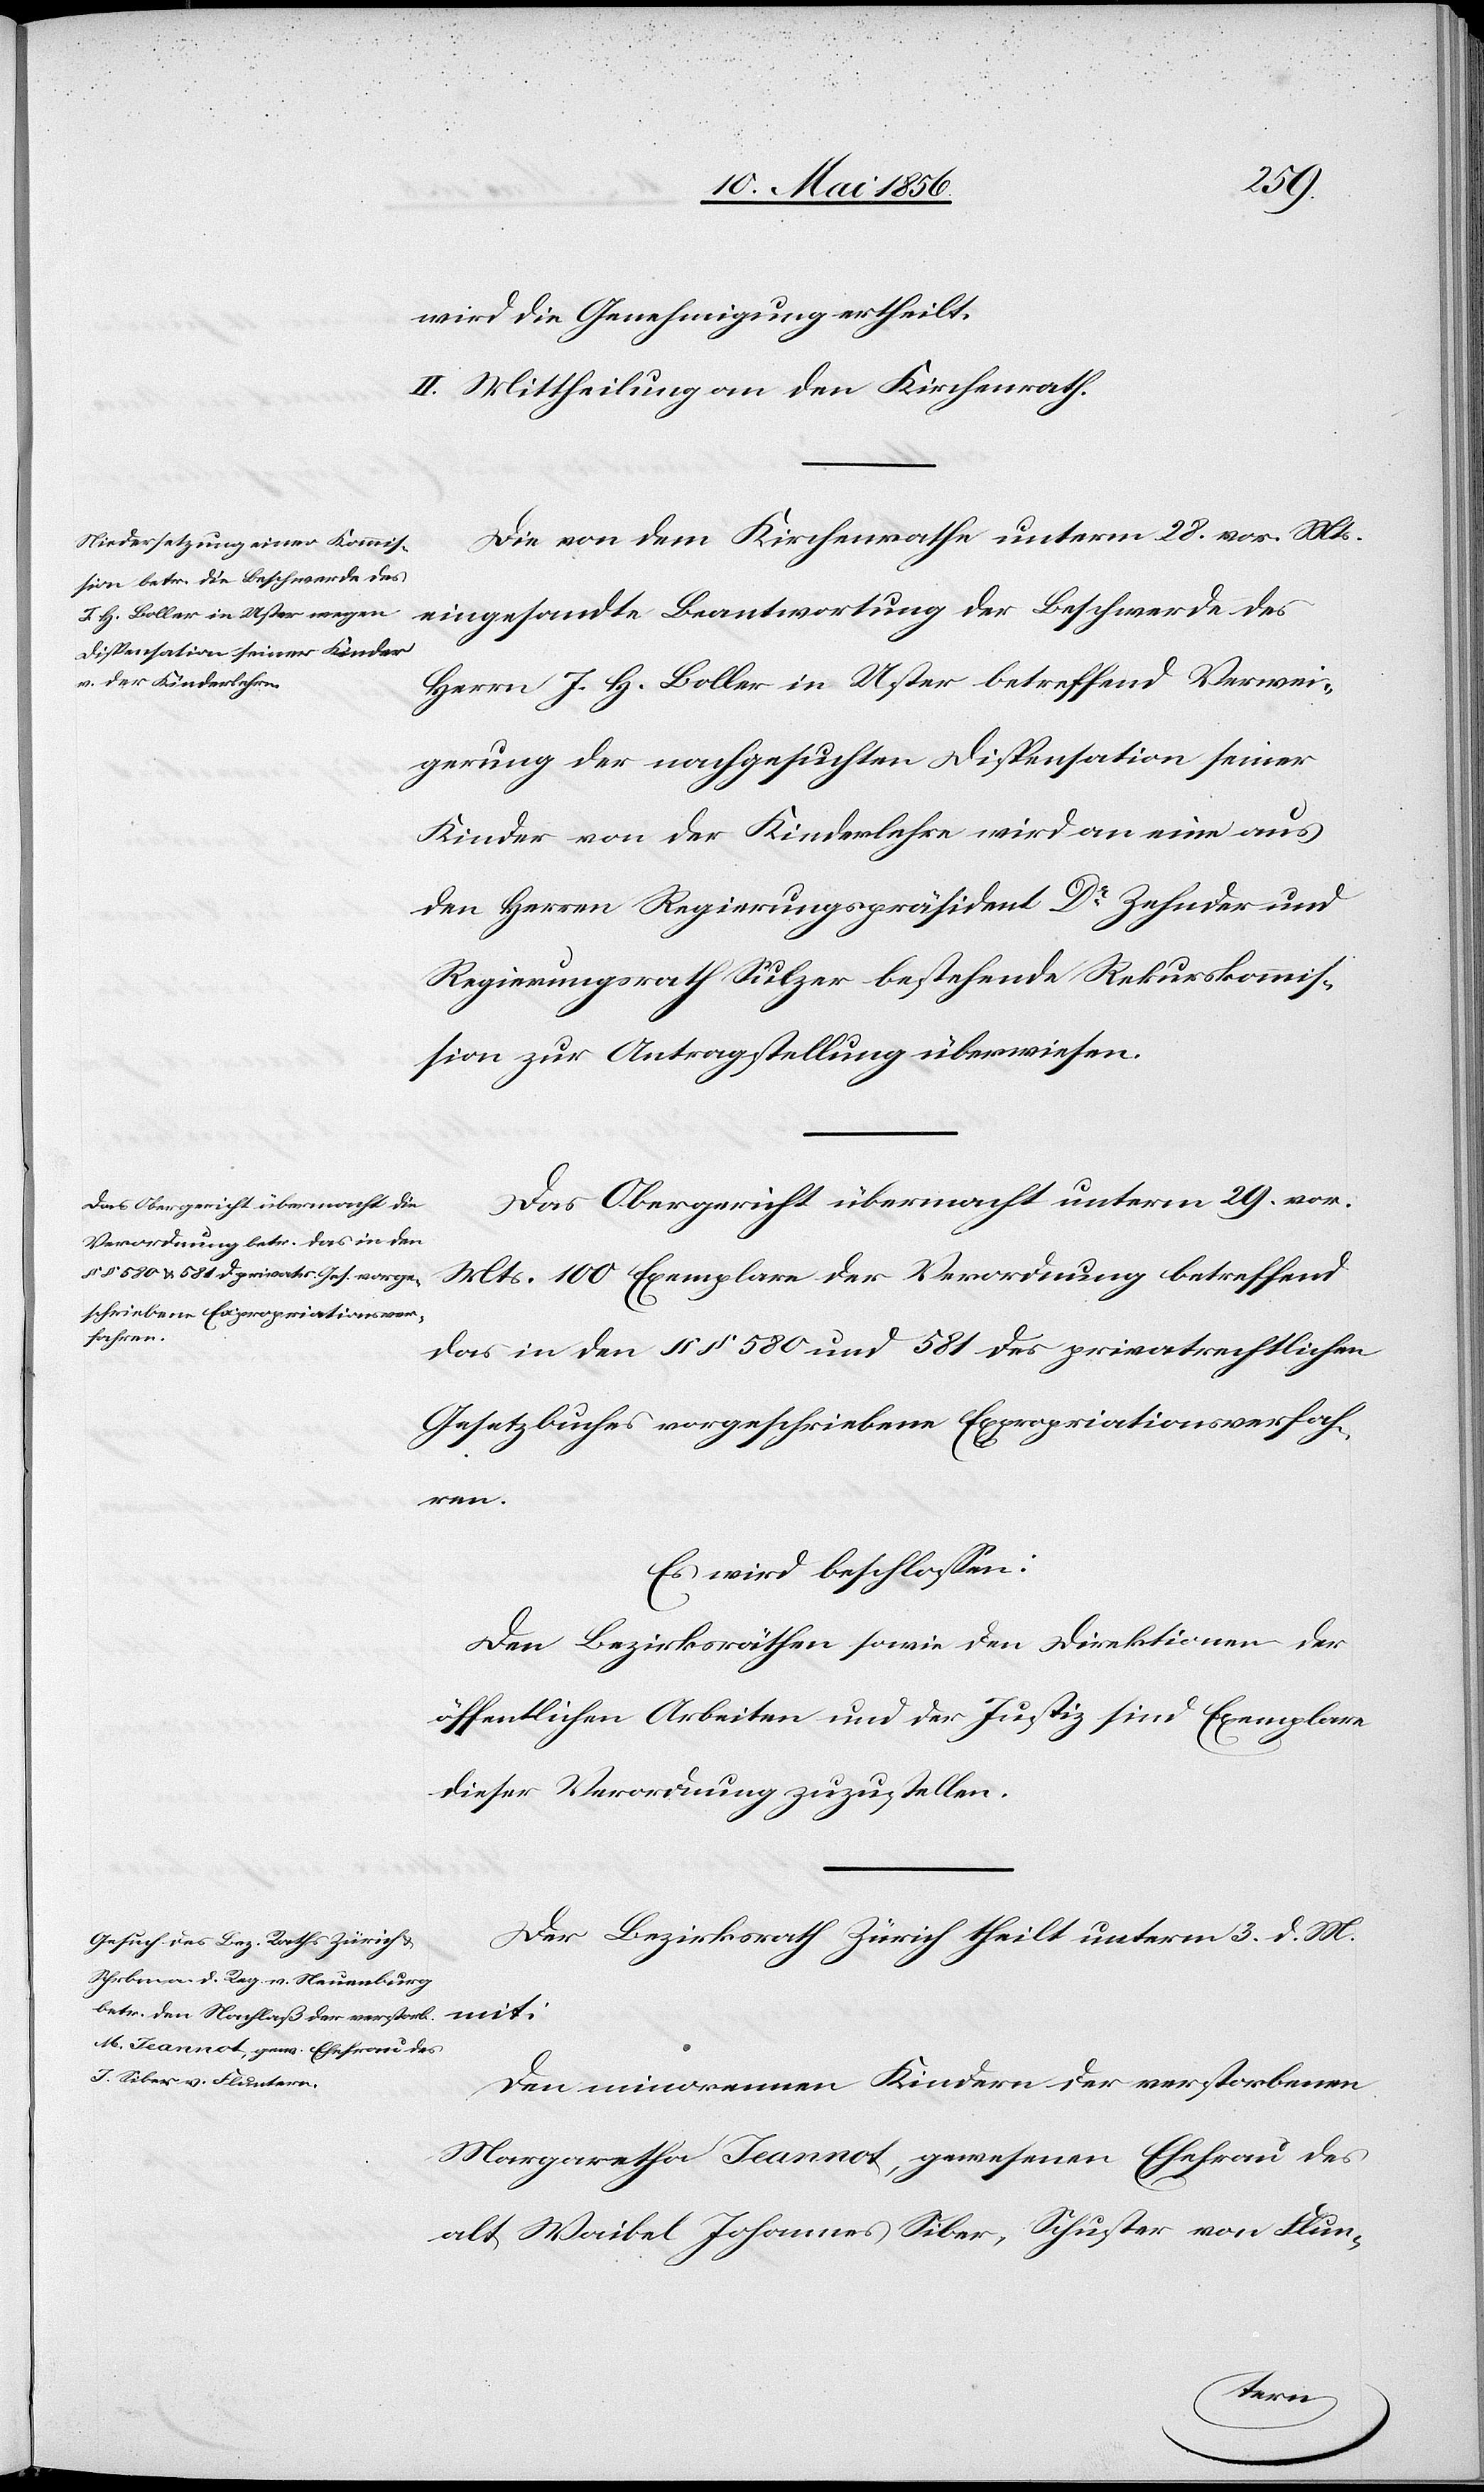
mit:
wird die Genehmigung ertheilt.
II. Mittheilung an den Kirchenrath.
Die von dem Kirchenrathe unterm 28. vor. Mts.
eingesandte Beantwortung der Beschwerde des
Herrn J. H. Boller in Uster betreffend Verwei¬
gerung der nachgesuchten Dispensation seiner
Kinder von der Kinderlehre wird an eine aus
den Herren Regierungspräsident Dr Zehnder und
Regierungsrath Sulzer bestehende Rekurskommis¬
sion zur Antragstellung überwiesen.
Das Obergericht übermacht unterm 29. vor.
Mts. 100 Exemplare der Verordnung betreffend
das in den §§ 580 und 581 des privatrechtlichen
Gesetzbuches vorgeschriebene Expropriationsverfah¬
ren.
Es wird beschlossen:
Den Bezirksräthen sowie den Direktionen der
öffentlichen Arbeiten und der Justiz sind Exemplare
dieser Verordnung zuzustellen.
Der Bezirksrath Zürich theilt unterm 3. d. M.
Den minorennen Kindern der verstorbenen
Margaretha Jeannot, gewesenen Ehefrau des
alt Waibel Johannes Siber, Schuster von Flun-